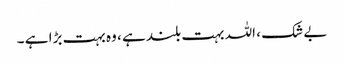
بے شک ، اللہ بہت بلند ہے ، وہ بہت بڑا ہے ۔